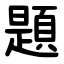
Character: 題